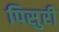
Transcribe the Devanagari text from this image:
पिसुरी